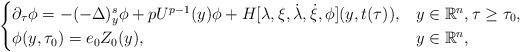
LaTeX: \begin{align*}\begin{cases}\partial_\tau\phi = -(-\Delta)^s_y\phi + pU^{p-1}(y)\phi + H[\lambda,\xi,\dot{\lambda},\dot{\xi},\phi](y,t(\tau)), &y\in \mathbb{R}^n, \tau\geq \tau_0,\\\phi(y,\tau_0) = e_{0}Z_0(y), & y\in \mathbb{R}^n,\end{cases}\end{align*}